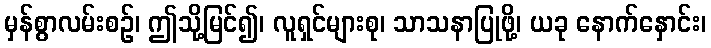
မှန်စွာလမ်းစဉ်၊ ဤသို့မြင်၍၊ လူရှင်များစု၊ သာသနာပြုဖို့၊ ယခု နောက်နှောင်း၊